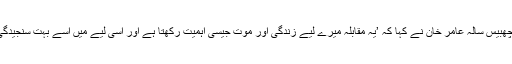
مقابلے سے پہلے چھبیس سالہ عامر خان نے کہا کہ ’یہ مقابلہ میرے لیے زندگی اور موت جیسی اہمیت رکھتا ہے اور اسی لیے میں اسے بہت سنجیدگی سے لے رہا ہوں۔